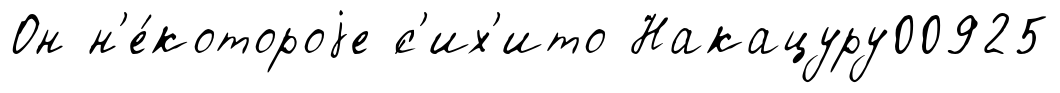
Он н'е́котороjе ́с'их'ито Накацуру00925